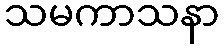
သမကာသနာ